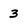
Character: 3